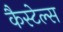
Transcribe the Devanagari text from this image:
कैस्टेल्स